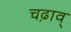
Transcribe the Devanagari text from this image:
चढ़ाव्